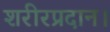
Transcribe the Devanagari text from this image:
शरीरप्रदान।